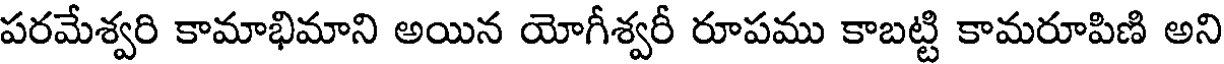
పరమేశ్వరి కామాభిమాని అయిన యోగీశ్వరీ రూపము కాబట్టి కామరూపిణి అని